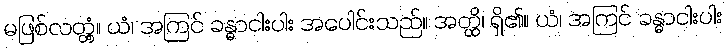
မဖြစ်လတ္တံ့။ ယံ၊ အကြင် ခန္ဓာငါးပါး အပေါင်းသည်။ အတ္ထိ၊ ရှိ၏။ ယံ၊ အကြင် ခန္ဓာငါးပါး